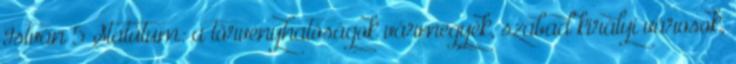
István 5 Statútum: a törvényhatóságok vármegyék, szabad királyi városok,